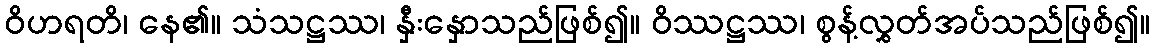
ဝိဟရတိ၊ နေ၏။ သံသဋ္ဌဿ၊ နှီးနှောသည်ဖြစ်၍။ ဝိဿဋ္ဌဿ၊ စွန့်လွှတ်အပ်သည်ဖြစ်၍။